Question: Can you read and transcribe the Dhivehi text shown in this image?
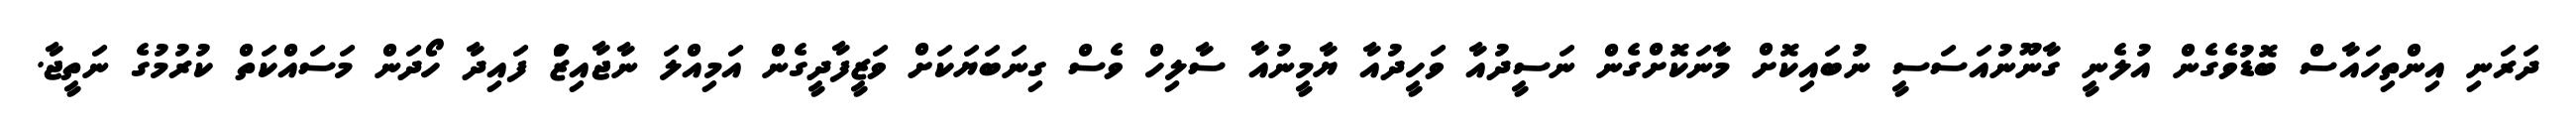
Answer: ދަރަނި އިންތިހައާސް ބޮޑުވެގެން އުލެނީ ގާނޫނުއަސަސީ ނުބައިކޮށް މާނަކޮށްގެން ނަސީދުއާ ވަހީދުއާ ޔާމީނުއާ ސާލިހް ވެސް ގިނަބަޔަކަށް ވަޒީފާދީގެން އަމިއްލަ ނާޖާއިޒަް ފައިދާ ހޯދަން މަސައްކަތް ކުރުމުގެ ނަތީޖާ.